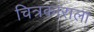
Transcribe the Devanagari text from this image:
चित्रकाराला